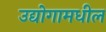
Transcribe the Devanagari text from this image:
उद्योगामधील